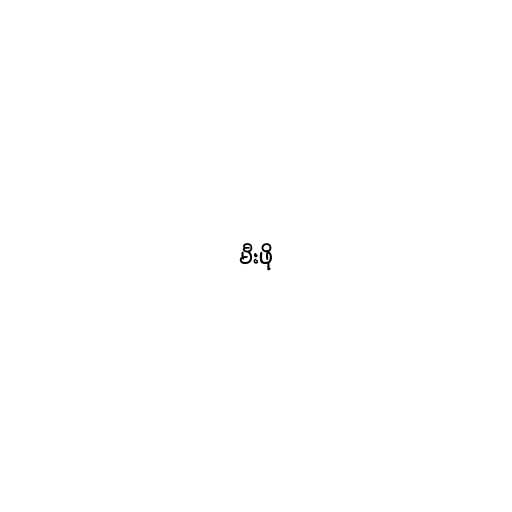
မီးဖို